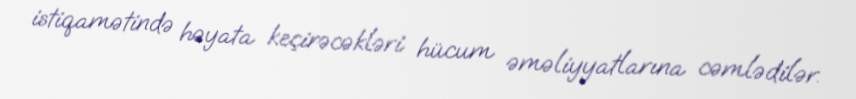
istiqamətində həyata keçirəcəkləri hücum əməliyyatlarına cəmlədilər.